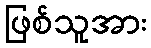
ဖြစ်သူအား